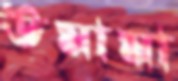
উমামা